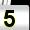
Digit: 5